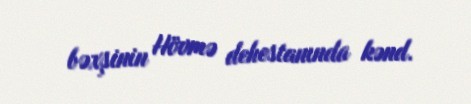
bəxşinin Hövmə dehestanında kənd.